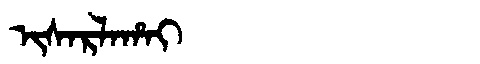
Manchu: ᡳᠰᠠᡵᠯᠠᡥᠠᡳ
Romanization: ISARLAHAI